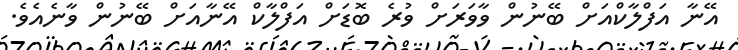
އޭނާ އަފްލާކްއަށް ބޭނުން ވާވަރަށް ވުރެ ބޮޑަށް އަފްލާކް އޭނާއަށް ބޭނުން ވާނެއެވެ.